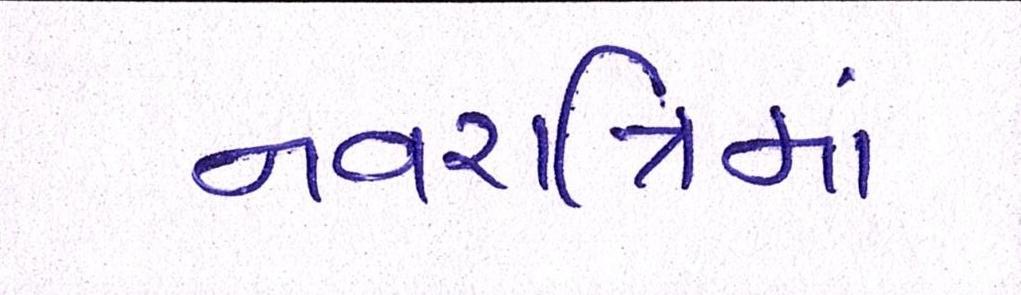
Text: નવરાત્રિમાં